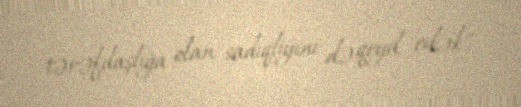
tərəfdaşlığa olan sadiqliyini də qeyd edək".